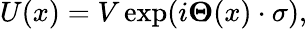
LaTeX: U(x)=V\exp(i{\mathbf\Theta}(x)\cdot{\mathbf\sigma}),